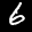
Label: 6